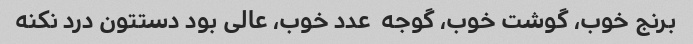
برنج خوب، گوشت خوب، گوجه  عدد خوب، عالی بود دستتون درد نکنه